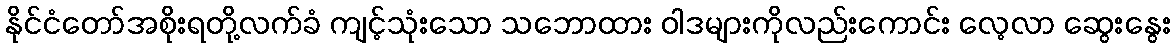
နိုင်ငံတော်အစိုးရတို့လက်ခံ ကျင့်သုံးသော သဘောထား ဝါဒများကိုလည်းကောင်း လေ့လာ ဆွေးနွေး